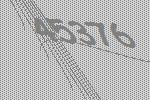
45376